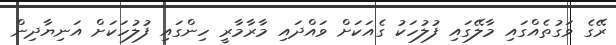
ރޭގެ ވަގުތެއްގައި މާލޭގައި ފުލުހަކު ގެއަކަށް ވައްދައި މާރާމާރީ ހިންގައި ފުލުހަކަށް އަނިޔާދިން